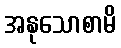
အနုသောစာမိ